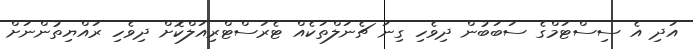
އަދި އެ ސިސްޓަމްގެ ސަބަބުން ދިވެހި ގިނަ ޗެނަލްތަކެއް ޓެރަސްޓްރިއަލްކޮށް ދިވެހި ރައްޔިތުންނަށް